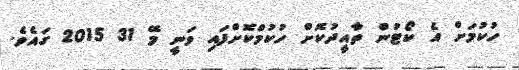
ހުކުމަށް އެ ކޯޓުން ތާއީދުކޮށް ހުކުމްކޮށްފައި ވަނީ މޭ 31 2015 ގައެވެ.